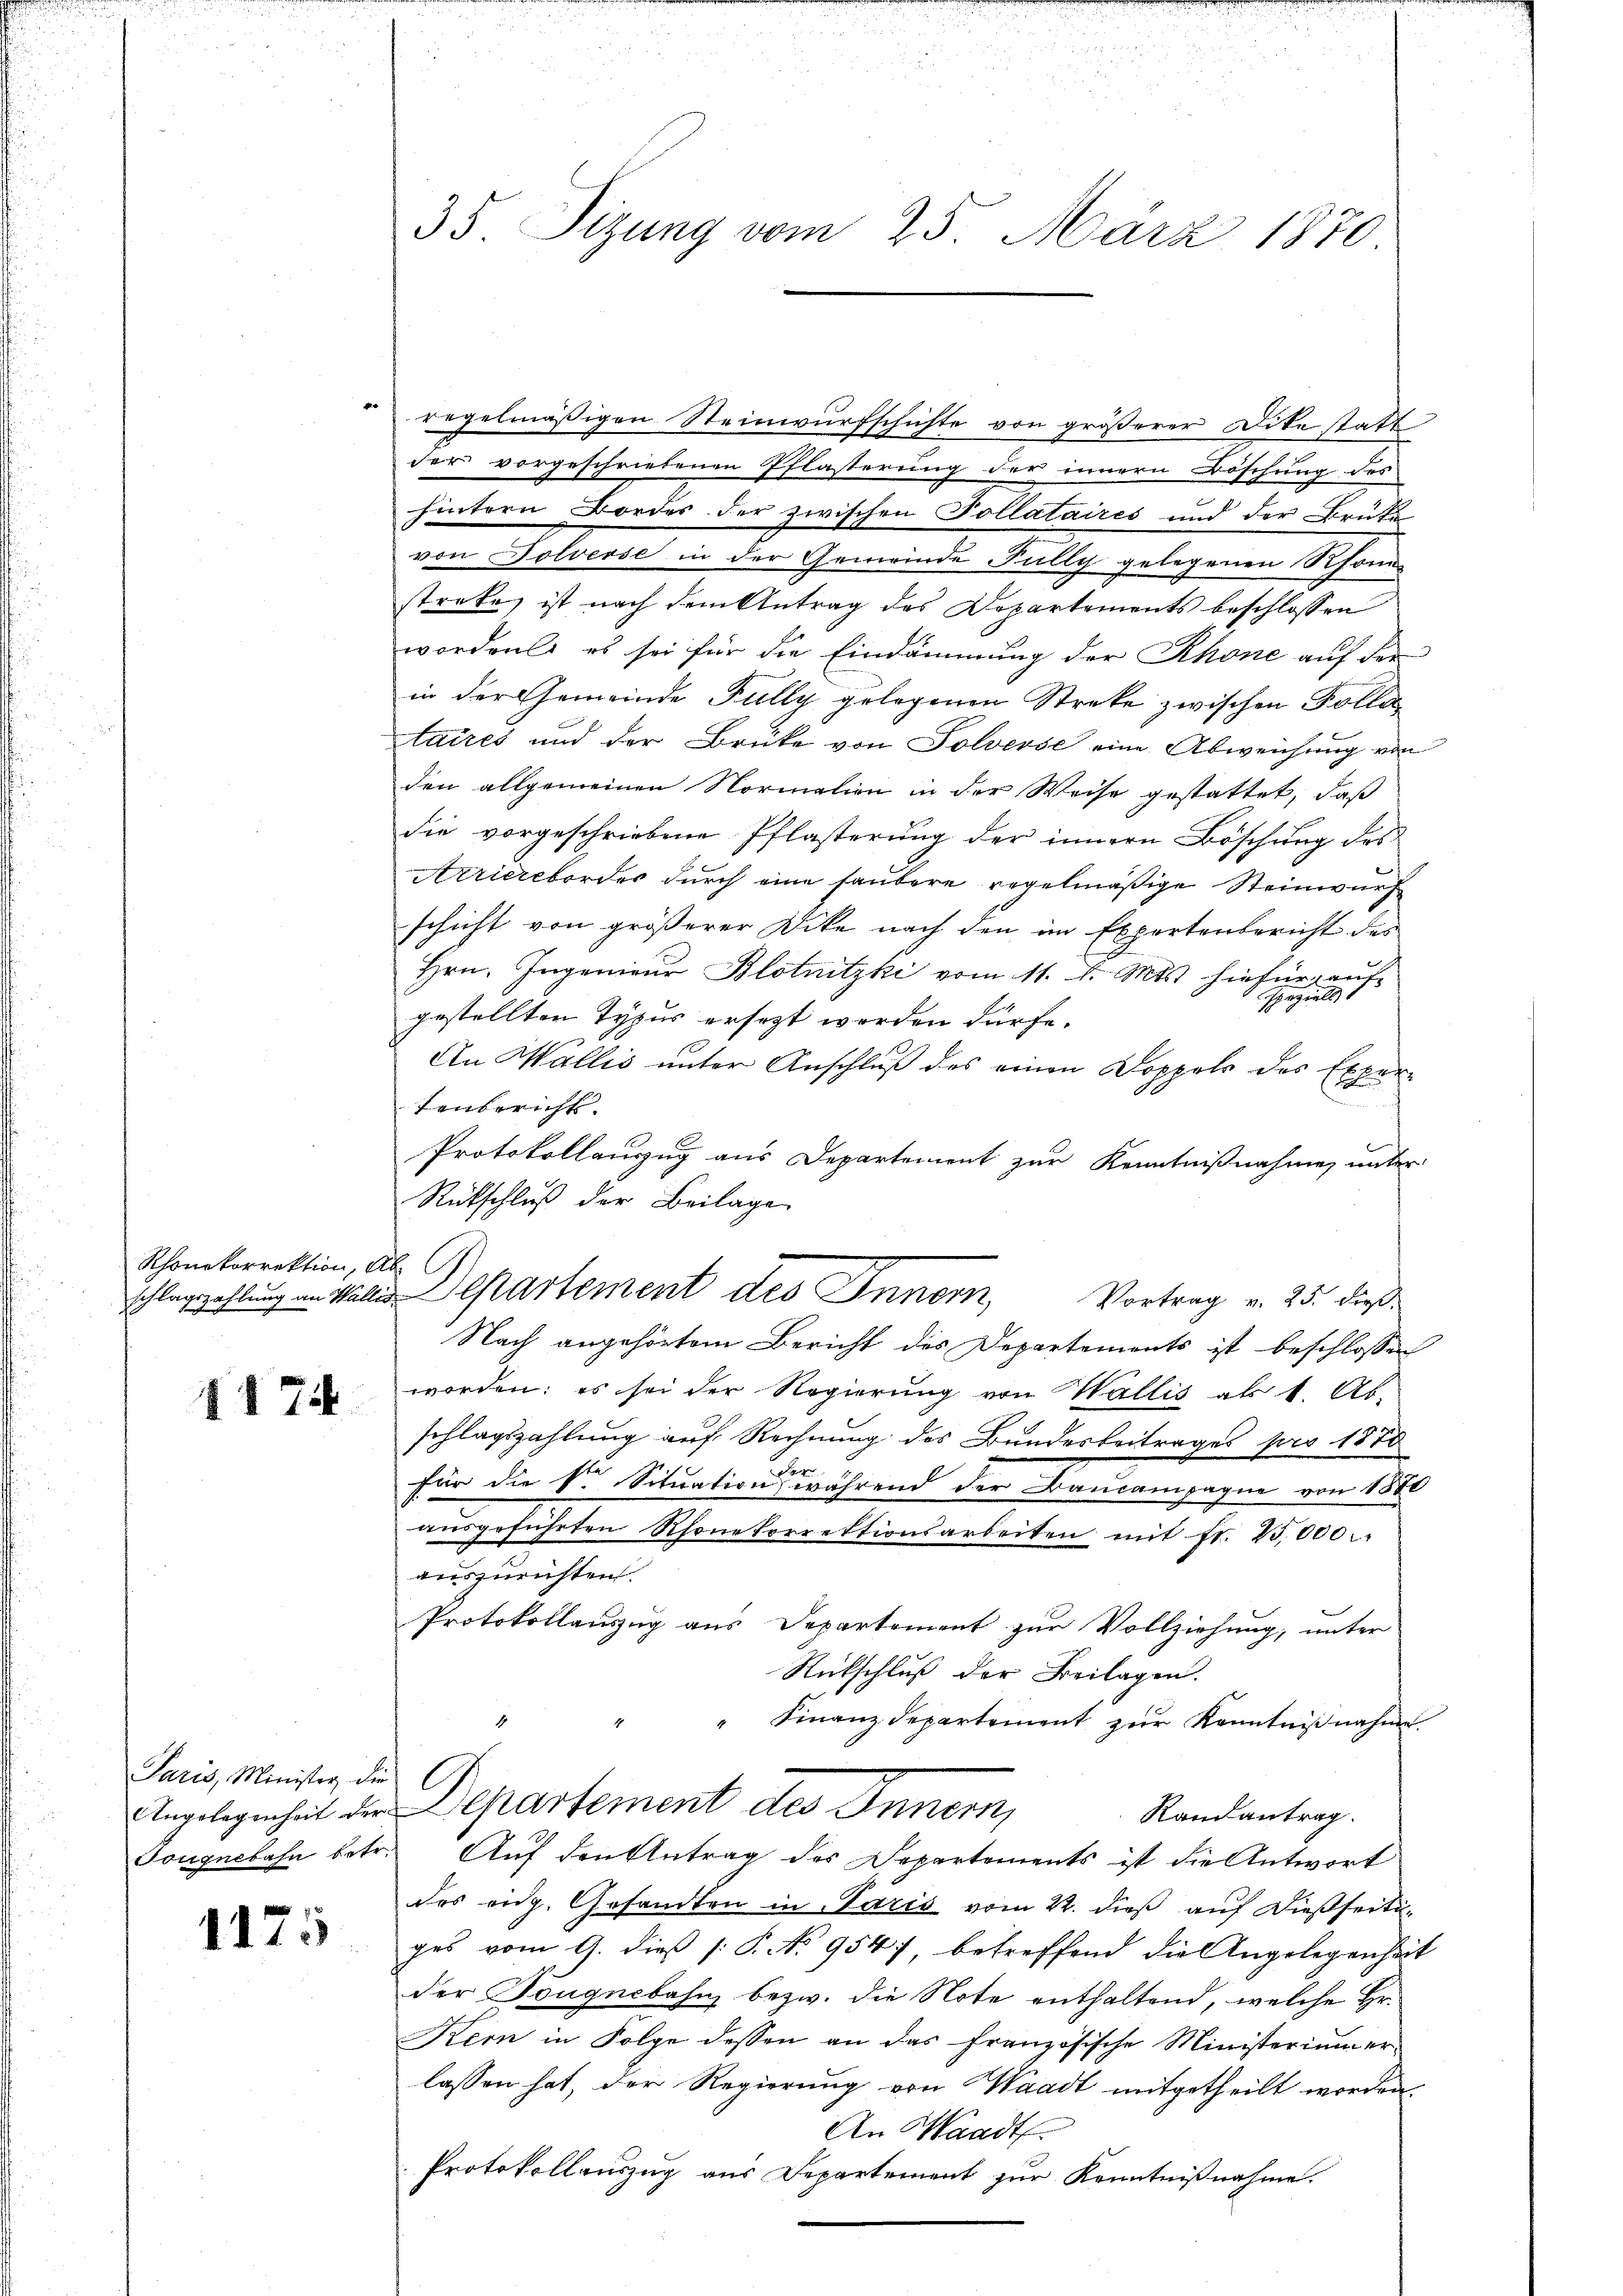
Rhonekorrektion, Ab

1174

Paris, Minister die

1175

.

.

0

u
35 Sizung vom 25. März 1870

regelmäßigen Steinwurfschichte von größerer Dite stattder vorgeschriebenen Pflasserung der innern Böschung des
hintern Bordes der zwischen Pollataires und der Brüke
von Solverse in der Gemeinde Fully gelegenen Rhonstreke ist nach dem Antrag des Departements beschlossen
wordente es sei für die Eindämmung der Rhone auf der
in der Gemeinde Fully gelegenen Streke zwischen Polla
taires und der Brüke von Solverse eine Abweichung von
den allgemeinen Normalien in der Weise gestattet, daß
die vorgeschriebene Pflasterung der innern Böschung des
Arriereborder durch eine saubere regelmäßige Steinwurf
schicht von größerer Dicke nach den im Exportenbericht des
Hrn. Ingenieur Blotnitzki vom 11. d. Mts. hiefür auf
peziell
gestellten Typus ersezt werden dürfe.
An Wallis unter Anschluß des einen Doppels des Expertenbericht.
Protokollauszug aus Departement zur Kenntnißnahme unter
Rütschluß der Beilage
Nach angehörtem Bericht des Departements ist beschlossen
worden: es sei der Regierung von Wallis als 1. Ab-
schlagszahlung auf Rechnung des Bundesbeitrages pro 1870
für die kr. Situation, während der Bancampagne von 1880
aŭsgeführten Rhonekorrektionsarbeiten mit fr. 25,000
auszurichten.
Protokollauszug aus Departement zur Vollziehung, unter
Rückschluß der Beilagen.
" Finanzdepartement zŭr Kenntniβnahme
Angelegenheit der Departement des Innern,
Randantrag.
Tougnebahn betr. Auf den Antrag des Departements ist die Antwort
des eidg. Gesandten in Paris vom 22. dieß auf dießseitiges vom 9. dieß P. No 954), betreffend die Angelegenheit
der Dougnebahn bezw. die Note enthaltend, welche Hr.
Kern in Folge dessen an das französische Ministerium erlassen hat, der Regierung von Waadt mitgetheilt worden.
An Waadt
Protokollauszug aus Departement zur Kenntnißnahme.

schlagzahlung an Walle Departement des Innern, Vortrag v. 25. dieß